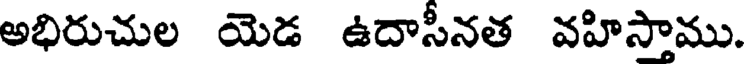
అభిరుచుల యెడ ఉదాసీనత వహిస్తాము.